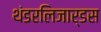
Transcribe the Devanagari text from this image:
थंडरलिजार्डस